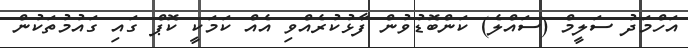
އަހްމަދު ސަލީމް (ސައްލެ) ކަންބޮޑުވުން ފާޅުކުރެއްވި އެއް ކަމަކީ ކޮޕް ގައި ގައުމުތަކުން